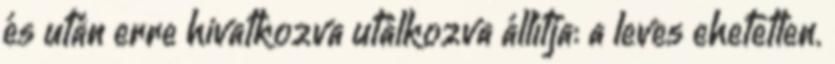
és után erre hivatkozva utálkozva állítja: a leves ehetetlen.